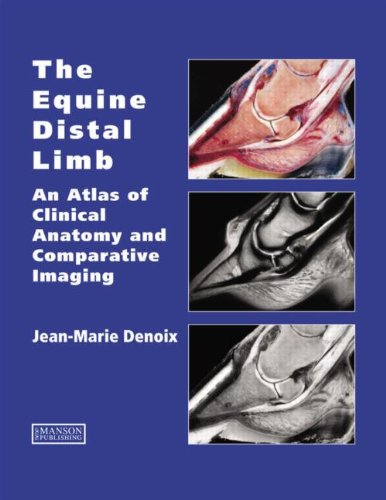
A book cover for The Equine Distal Limb: An Atlas of Clinical Anatomy and Comparative Imaging; Jean-Marie Denoix; Crafts, Hobbies & Home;